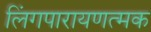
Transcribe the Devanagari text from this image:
लिंगपारायणत्मक